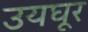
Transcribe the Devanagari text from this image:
उयघूर